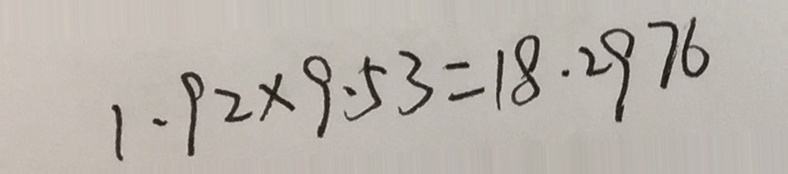
1 . 9 2 \times 9 . 5 3 = 1 8 . 2 9 7 6